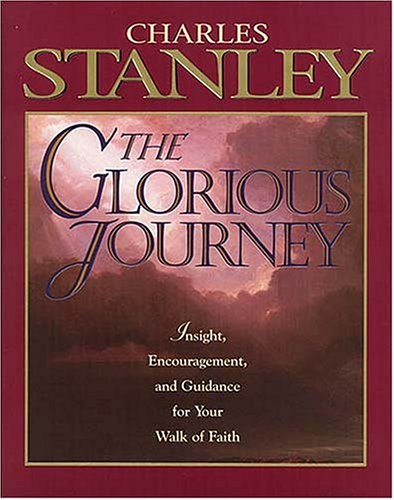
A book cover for The Glorious Journey; Dr. Charles F. Stanley; Christian Books & Bibles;